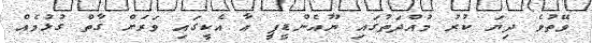
ވޭތުވެ ދިޔަ ކުރު މުއްދަތުގައި ޔޫއެންޑީޕީ އާ އެކީގައި ވަރަށް ގާތް ގުޅުމެއް